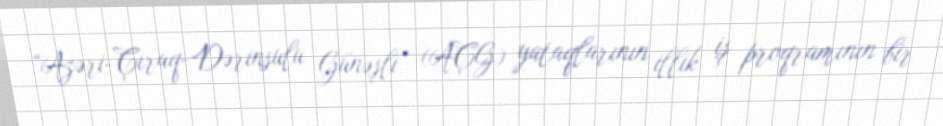
“Azəri-Çıraq-Dərinsulu Günəşli” (AÇG) yataqlarının illik iş proqramının bir